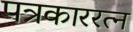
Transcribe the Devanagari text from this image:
पत्रकाररत्न